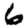
Digit: 6